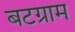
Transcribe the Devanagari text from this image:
बटग्राम